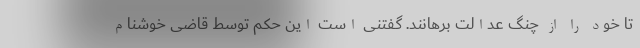
تا خود را از چنگ عدالت برهانند. گفتنی است این حکم توسط قاضی خوشنام